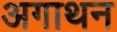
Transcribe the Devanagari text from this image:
अगाथन